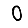
Digit: 0